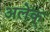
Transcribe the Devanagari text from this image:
अलेक्